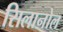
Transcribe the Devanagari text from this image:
सिलानोल